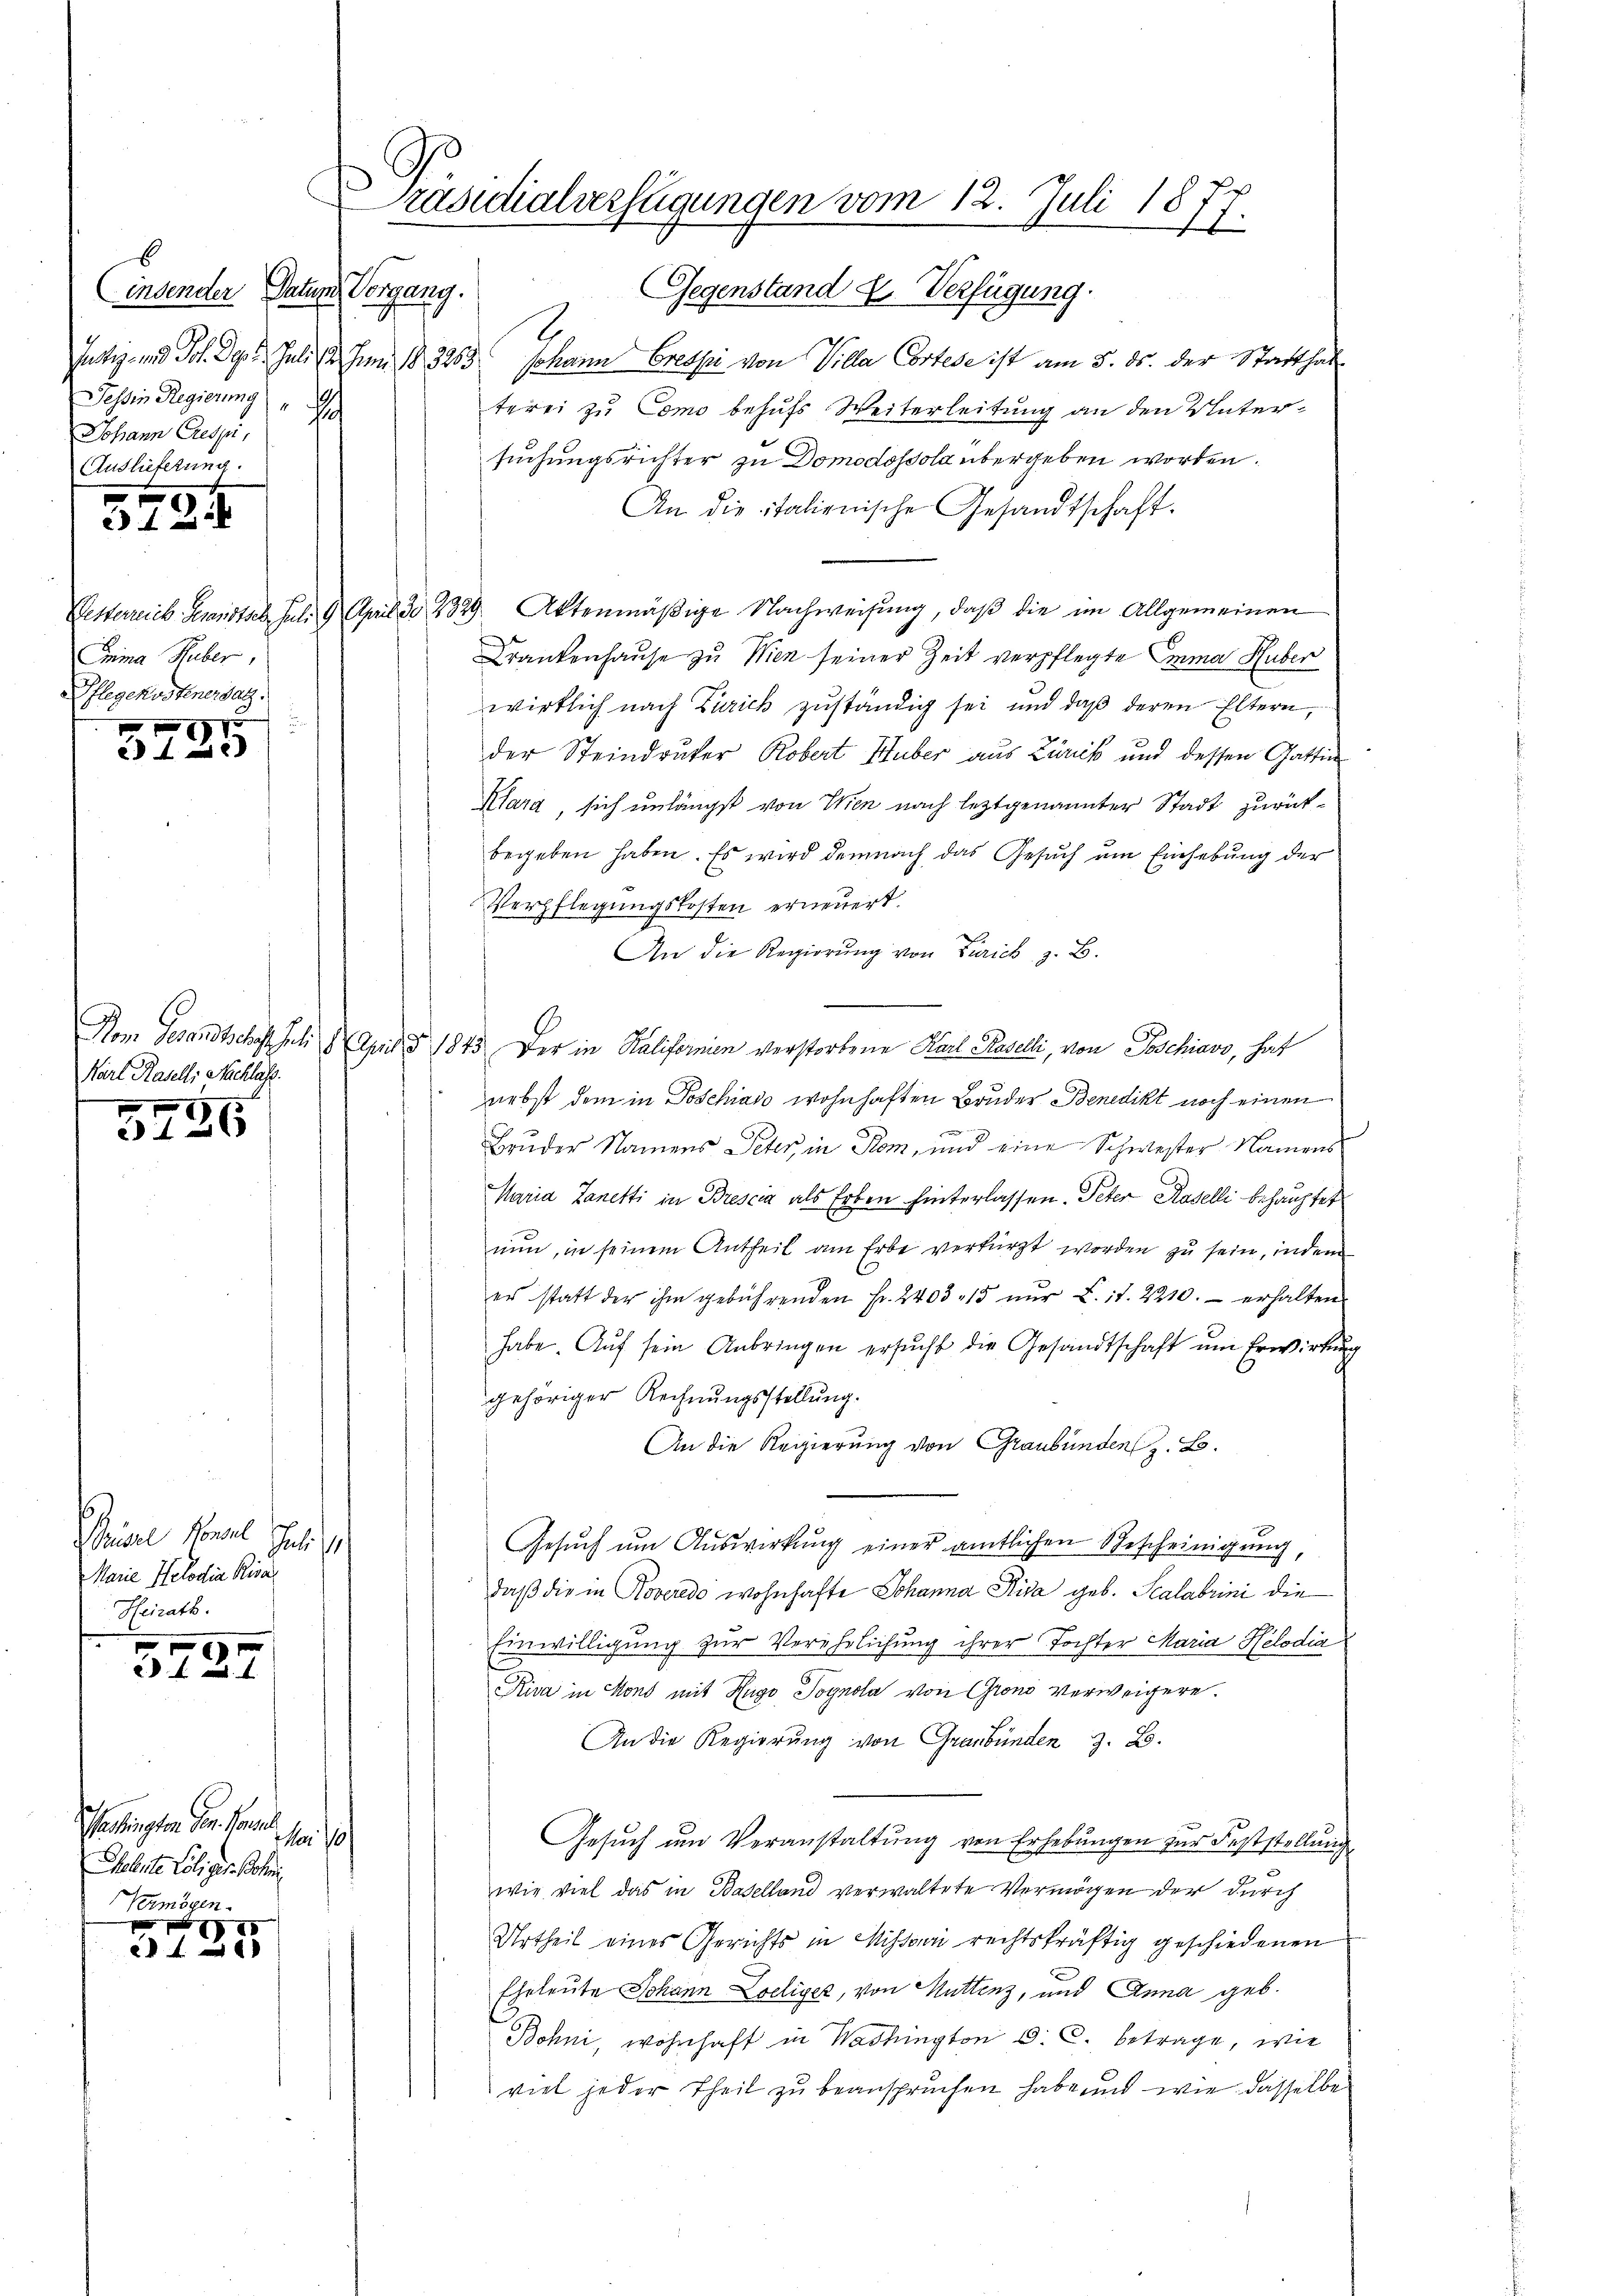
E
insender Datum Vorgang.
Tessin Regierung
h
Johann Crespi
Auslieferung.
342
mina Huber
Pflegekostener Satz.

3785

Karl Rasell, Nachlass.

3746

6
Brösel, Konseil Juli 1
Marie Helodia Rival
Heirath

3724

Sendungen der Freude, son de
Weleute Loligir Boten
Vermögen.

3135

Präsidialverfügungen vom 12. Juli 1877.

E
Gegenstand u. Verfügung.
.
satz- und Joh. Dept. Juli l. Juni 183253 Johann Crets von Villa Cortese ist am 5. ds. der Statthalterei zu Como behufs Weiterleitung an den Untersuchungsrichter zu Domodossola übergeben worden.
An die italienische Gesandtschaft.
Pesterreich Heranstal. Jul. 9. April do 229. Aktenmäßige Nachweisung, daß die im Allgemeinen
Krankenhause zu Wien seiner Zeit verpflegte Emma Huber
wirklich nach Zürich zuständig sei und daß deren Eltern,
der Steindruker Robert Huber aus Zürick und dessen Gattin
Klara, sich unlängst von Wien nach leztgenannter Stadt zurückbegeben haben. Es wird demnach das Gesuch um Einhebung der
Verpflegungskosten erneuert.
An die Regierŭng von Zürich z. B.
Vom Gesandtschaft Juli 18. April 1845. Der in Kalifornien verstorbene Karl Kaselli, von Poschiavo, hat
nebst dem in Poschiaso wohnhaften Bruder Benedikt noch einen
Bruder Namens Peter, in Rom, und eine Schwester Namens
Maria Zanetti in Brescia als Erben hinterlassen. Peter Raselli behauptet
nun, in seinem Antheil am Erbe verkürzt worden zu sein, indem
er statt der ihm gebührenden Fr. 2403. 15 nur d. 17. 2210. erhalten
habe. Auf sein Anbringen ersucht die Gesandtschaft um Erwirkung
gehöriger Rechnungsstellung.
An die Regierung von Graubünden z. B.
Gesŭch um Auswirkung einer amtlichen Bescheinigung,
daß die in Roveredo wohnhafte Johanna Kida geb. Scalabrini die
Einwilligung zur Verehrlichung ihrer Tochter Maria Helodia
Kiva in Mond mit Hugo Pognola von Grono verweigere.
An die Regierung von Graubünden z. B.
Gesuch um Veranstaltung von Erhebungen zur Feststellung
wie viel das in Baselland verwaltete Vermögen der durch
Urtheil eines Gerichts in Missari rechtskräftig geschiedenen
Eheleute Johann Loeliger, von Muttenz, und Anna geb.
Bohni, wohnhaft in Washington C. c. betrage, wie
viel jeder Theil zu beanspruchen habe und wie dasselbe